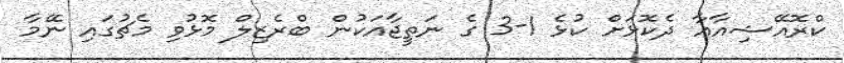
ކްރޮއޭޝިއާއާ ދެކޮޅަށް ކުޅެ 1-3 ގެ ނަތީޖާއަކުން ބްރެޒިލް މޮޅުވި މެޗުގައި ނޭމާ